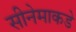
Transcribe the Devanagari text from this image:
सीनेमाकडे